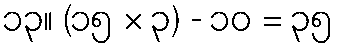
၁၃။ (၁၅ × ၃) - ၁၀ = ၃၅